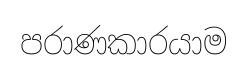
පරාණකාරයාම